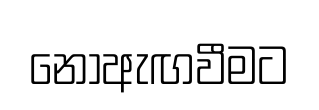
නොඇඟවීමට